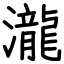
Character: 瀧